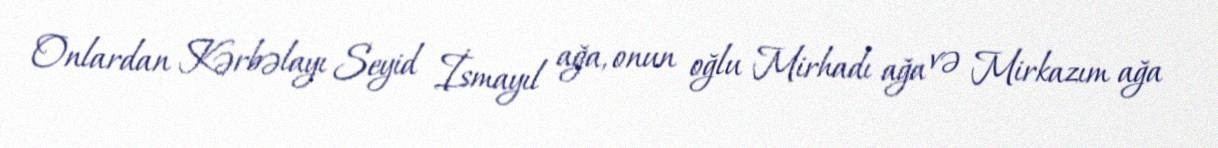
Onlardan Kərbəlayı Seyid İsmayıl ağa, onun oğlu Mirhadı ağa və Mirkazım ağa